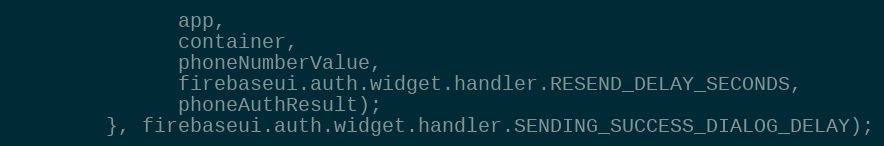
Language: JavaScript
              app,
              container,
              phoneNumberValue,
              firebaseui.auth.widget.handler.RESEND_DELAY_SECONDS,
              phoneAuthResult);
        }, firebaseui.auth.widget.handler.SENDING_SUCCESS_DIALOG_DELAY);